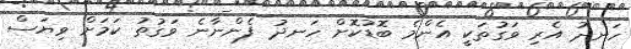
ހަނދު އެރި ވަގުތަކީ އެންމެ ބޮޑުކޮށް ހަނދު ފެންނާނެ ވަގުތު ކަމަށް ވިޔަސް